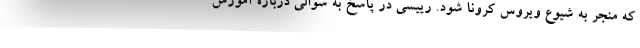
که منجر به شیوع ویروس کرونا شود. رییسی در پاسخ به سوالی درباره آموزش